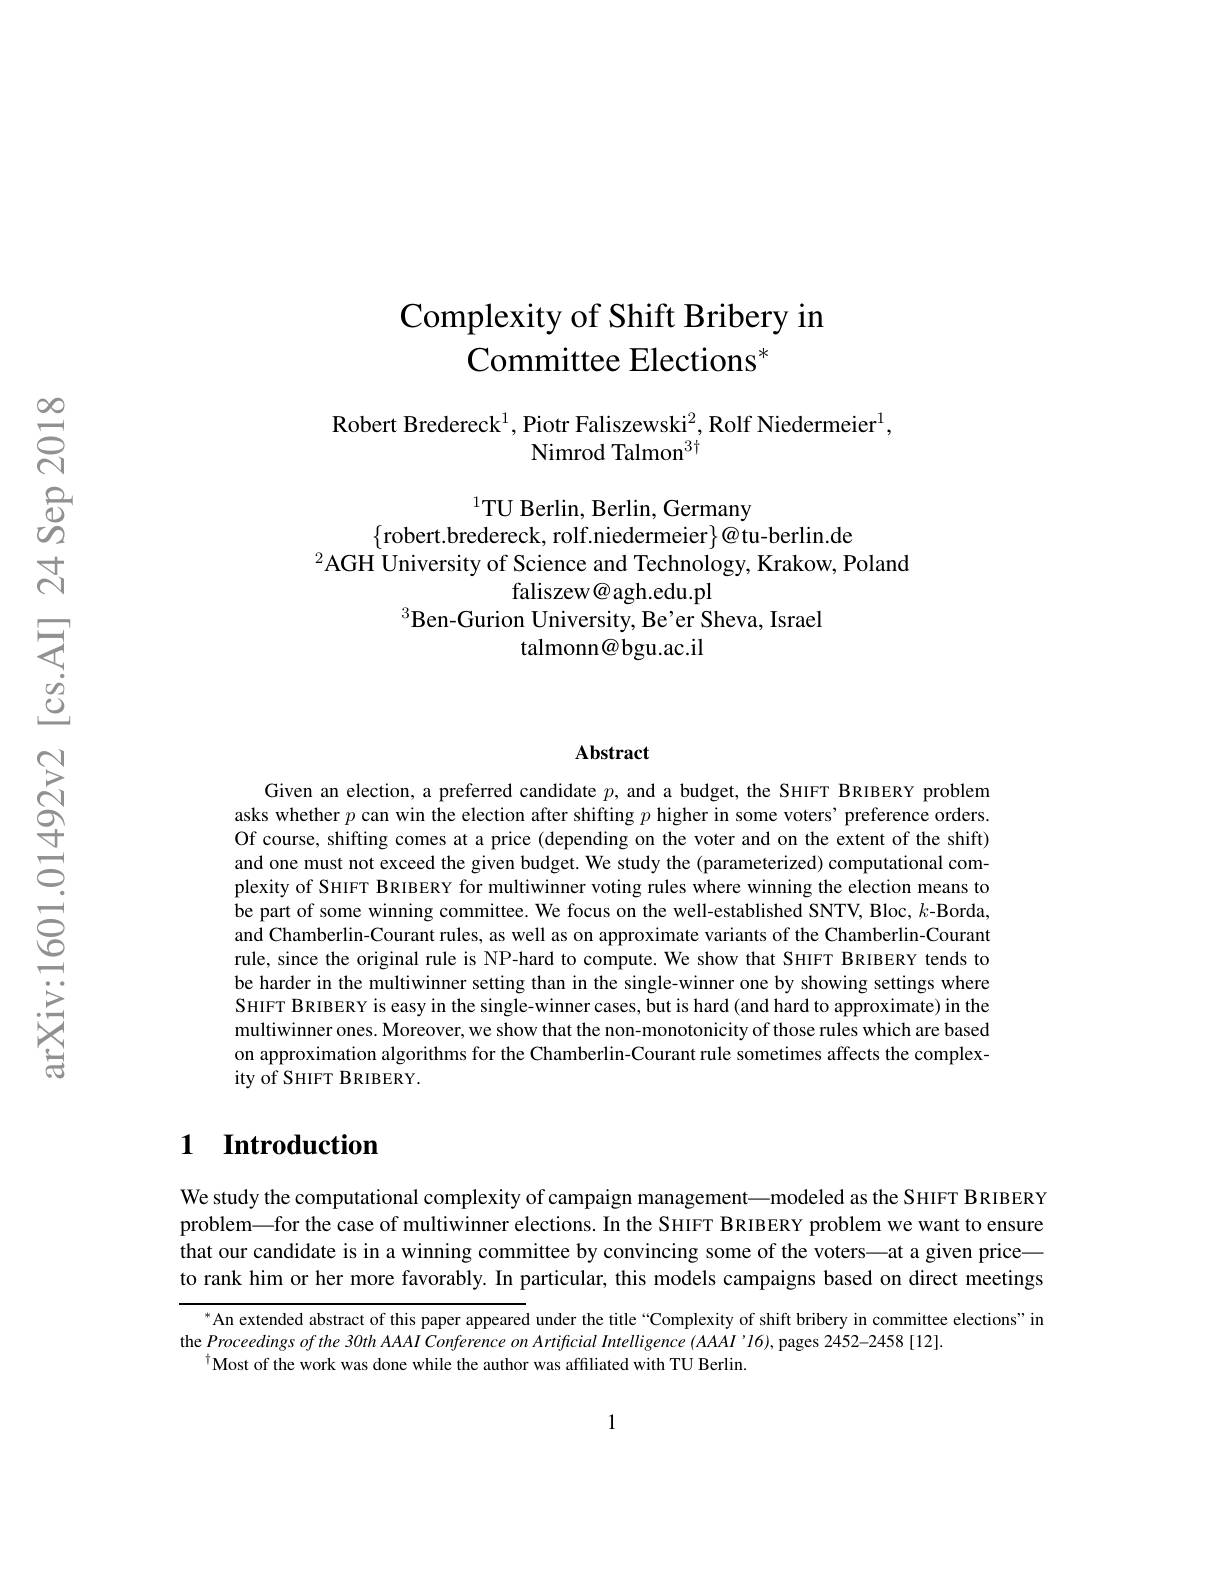
$స్లి$

# Complexity of Shift Bribery in Committee Elections$^*$

$\mathrm{Robert~Bredereck}^{1},\mathrm{Piotr~Faliszewski}^{2},\mathrm{Rolf~Niedermeier}^{1}$,
# Nimrod Talmon$^{3\dagger}$

$^{1}$TU Berlin, Berlin, Germany

$\{$robert.bredereck, rolf.niedermeier$\}@$tu-berlin.de
$^{2}$AGH University of Science and Technology, Krakow, Poland
faliszew@agh.edu.pl
$^{3}$Ben-Gurion University, Be'er Sheva, Israel
talmonn@bgu.ac.il

### Abstract

Given an election, a preferred candidate $p$, and a budget, the SHIFT BRIBERY problem asks whether $p$ can win the election after shifting $p$ higher in some voters' preference orders. Of course, shifting comes at a price (depending on the voter and on the extent of the shift) and one must not exceed the given budget. We study the (parameterized) computational complexity of SHIFT BRIBERY for multiwinner voting rules where winning the election means to be part of some winning committee. We focus on the well-established SNTV, Bloc, $k$-Borda, and Chamberlin-Courant rules, as well as on approximate variants of the Chamberlin-Courant rule, since the original rule is NP-hard to compute. We show that SHIFT BRIBERY tends to be harder in the multiwinner setting than in the single-winner one by showing settings where SHIFT BRIBERY is easy in the single-winner cases, but is hard (and hard to approximate) in the multiwinner ones. Moreover, we show that the non-monotonicity of those rules which are based on approximation algorithms for the Chamberlin-Courant rule sometimes affects the complexity of SHIFT BRIBERY.

## 1 $\textbf{Introduction}$

We study the computational complexity of campaign management—modeled as the SHIFT BRIBERY problem—for the case of multiwinner elections. In the SHIFT BRIBERY problem we want to ensure that our candidate is in a winning committee by convincing some of the voters—at a given price—— to rank him or her more favorably. In particular, this models campaigns based on direct meetings

An extended abstract of this paper appeared under the title“Complexity of shift bribery in committee elections" in
the Proceedings of the 30th AAAI Conference on Artificial Intelligence (AAAI’I6), pages 2452-2458 [12].
$^{\dagger}$Most of the work was done while the author was affiliated with TU Berlin.

1